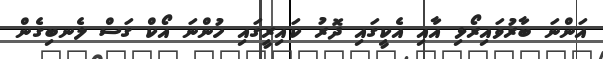
އަންނަ ބާރުވައިރޯޅި އާއި އެކީގައި ދޮރު ކައިރީގައި ހުންނަ އޯކް ގަސް ލެނބިގެން